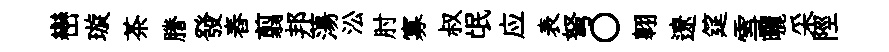
巒璇茶謄發舂翦邦蕩㳂肘寡叔氓应表弩〇翱遼筵雪曬采陘